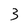
Character: 3